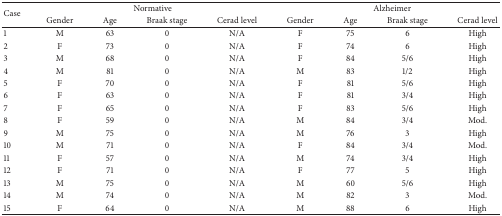
<table><thead><tr><td rowspan="2"><b>Case </b></td><td colspan="4"><b>Normative</b></td><td colspan="4"><b>Alzheimer</b></td></tr><tr><td><b>Gender</b></td><td><b>Age</b></td><td><b>Braak stage</b></td><td><b>Cerad level</b></td><td><b>Gender</b></td><td><b>Age</b></td><td><b>Braak stage</b></td><td><b>Cerad level</b></td></tr></thead><tbody><tr><td>1</td><td>M </td><td>63 </td><td>0</td><td>N/A</td><td>F </td><td>75 </td><td>6</td><td>High</td></tr><tr><td>2</td><td>F </td><td>73 </td><td>0</td><td>N/A</td><td>F </td><td>74 </td><td>6</td><td>High</td></tr><tr><td>3</td><td>M </td><td>68 </td><td>0</td><td>N/A</td><td>F </td><td>84 </td><td>5/6</td><td>High</td></tr><tr><td>4</td><td>M </td><td>81 </td><td>0</td><td>N/A</td><td>M </td><td>83 </td><td>1/2 </td><td>High</td></tr><tr><td>5</td><td>F </td><td>70 </td><td>0</td><td>N/A</td><td>F </td><td>81 </td><td>5/6</td><td>High</td></tr><tr><td>6</td><td>F </td><td>63 </td><td>0</td><td>N/A</td><td>F </td><td>81 </td><td>3/4</td><td>High</td></tr><tr><td>7</td><td>F </td><td>65 </td><td>0</td><td>N/A</td><td>F </td><td>83 </td><td>5/6</td><td>High</td></tr><tr><td>8</td><td>F </td><td>59 </td><td>0</td><td>N/A</td><td>M </td><td>84 </td><td>3/4</td><td>Mod.</td></tr><tr><td>9</td><td>M </td><td>75 </td><td>0</td><td>N/A</td><td>M </td><td>76 </td><td>3</td><td>High</td></tr><tr><td>10</td><td>M </td><td>71 </td><td>0</td><td>N/A</td><td>F </td><td>84 </td><td>3/4</td><td>Mod.</td></tr><tr><td>11</td><td>F </td><td>57 </td><td>0</td><td>N/A</td><td>M </td><td>74 </td><td>3/4</td><td>High</td></tr><tr><td>12</td><td>F </td><td>71 </td><td>0</td><td>N/A</td><td>F </td><td>77 </td><td>5</td><td>High</td></tr><tr><td>13</td><td>M </td><td>75 </td><td>0</td><td>N/A</td><td>M </td><td>60 </td><td>5/6</td><td>High</td></tr><tr><td>14</td><td>M </td><td>74 </td><td>0</td><td>N/A</td><td>M </td><td>82 </td><td>3</td><td>Mod.</td></tr><tr><td>15</td><td>F </td><td>64 </td><td>0</td><td>N/A</td><td>M </td><td>88 </td><td>6</td><td>High</td></tr></tbody></table>